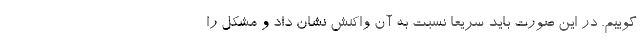
گوییم. در این صورت باید سریعا نسبت به آن واکنش نشان داد و مشکل را